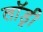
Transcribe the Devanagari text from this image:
लाॅड्री